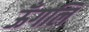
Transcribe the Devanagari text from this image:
ऊँगलि